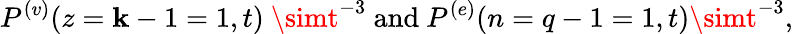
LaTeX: P^{(v)}(z=\mathbf{k}-1=1,t)~\simt^{-3}\ \mathrm{{and}}\ P^{(e)}(n=q-1=1,t)\simt^{-3},